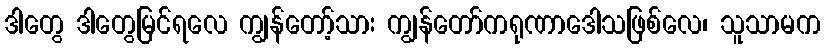
ဒါတွေ ဒါတွေမြင်ရလေ ကျွန်တော့်သား ကျွန်တော်ကရုဏာဒေါသဖြစ်လေ၊ သူသာမက